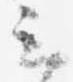
云